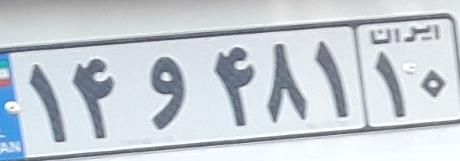
۱۴و۴۸۱۱۰